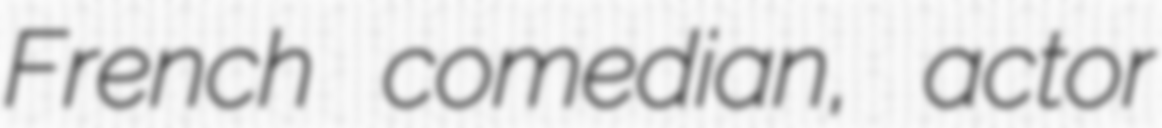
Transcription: French comedian, actor